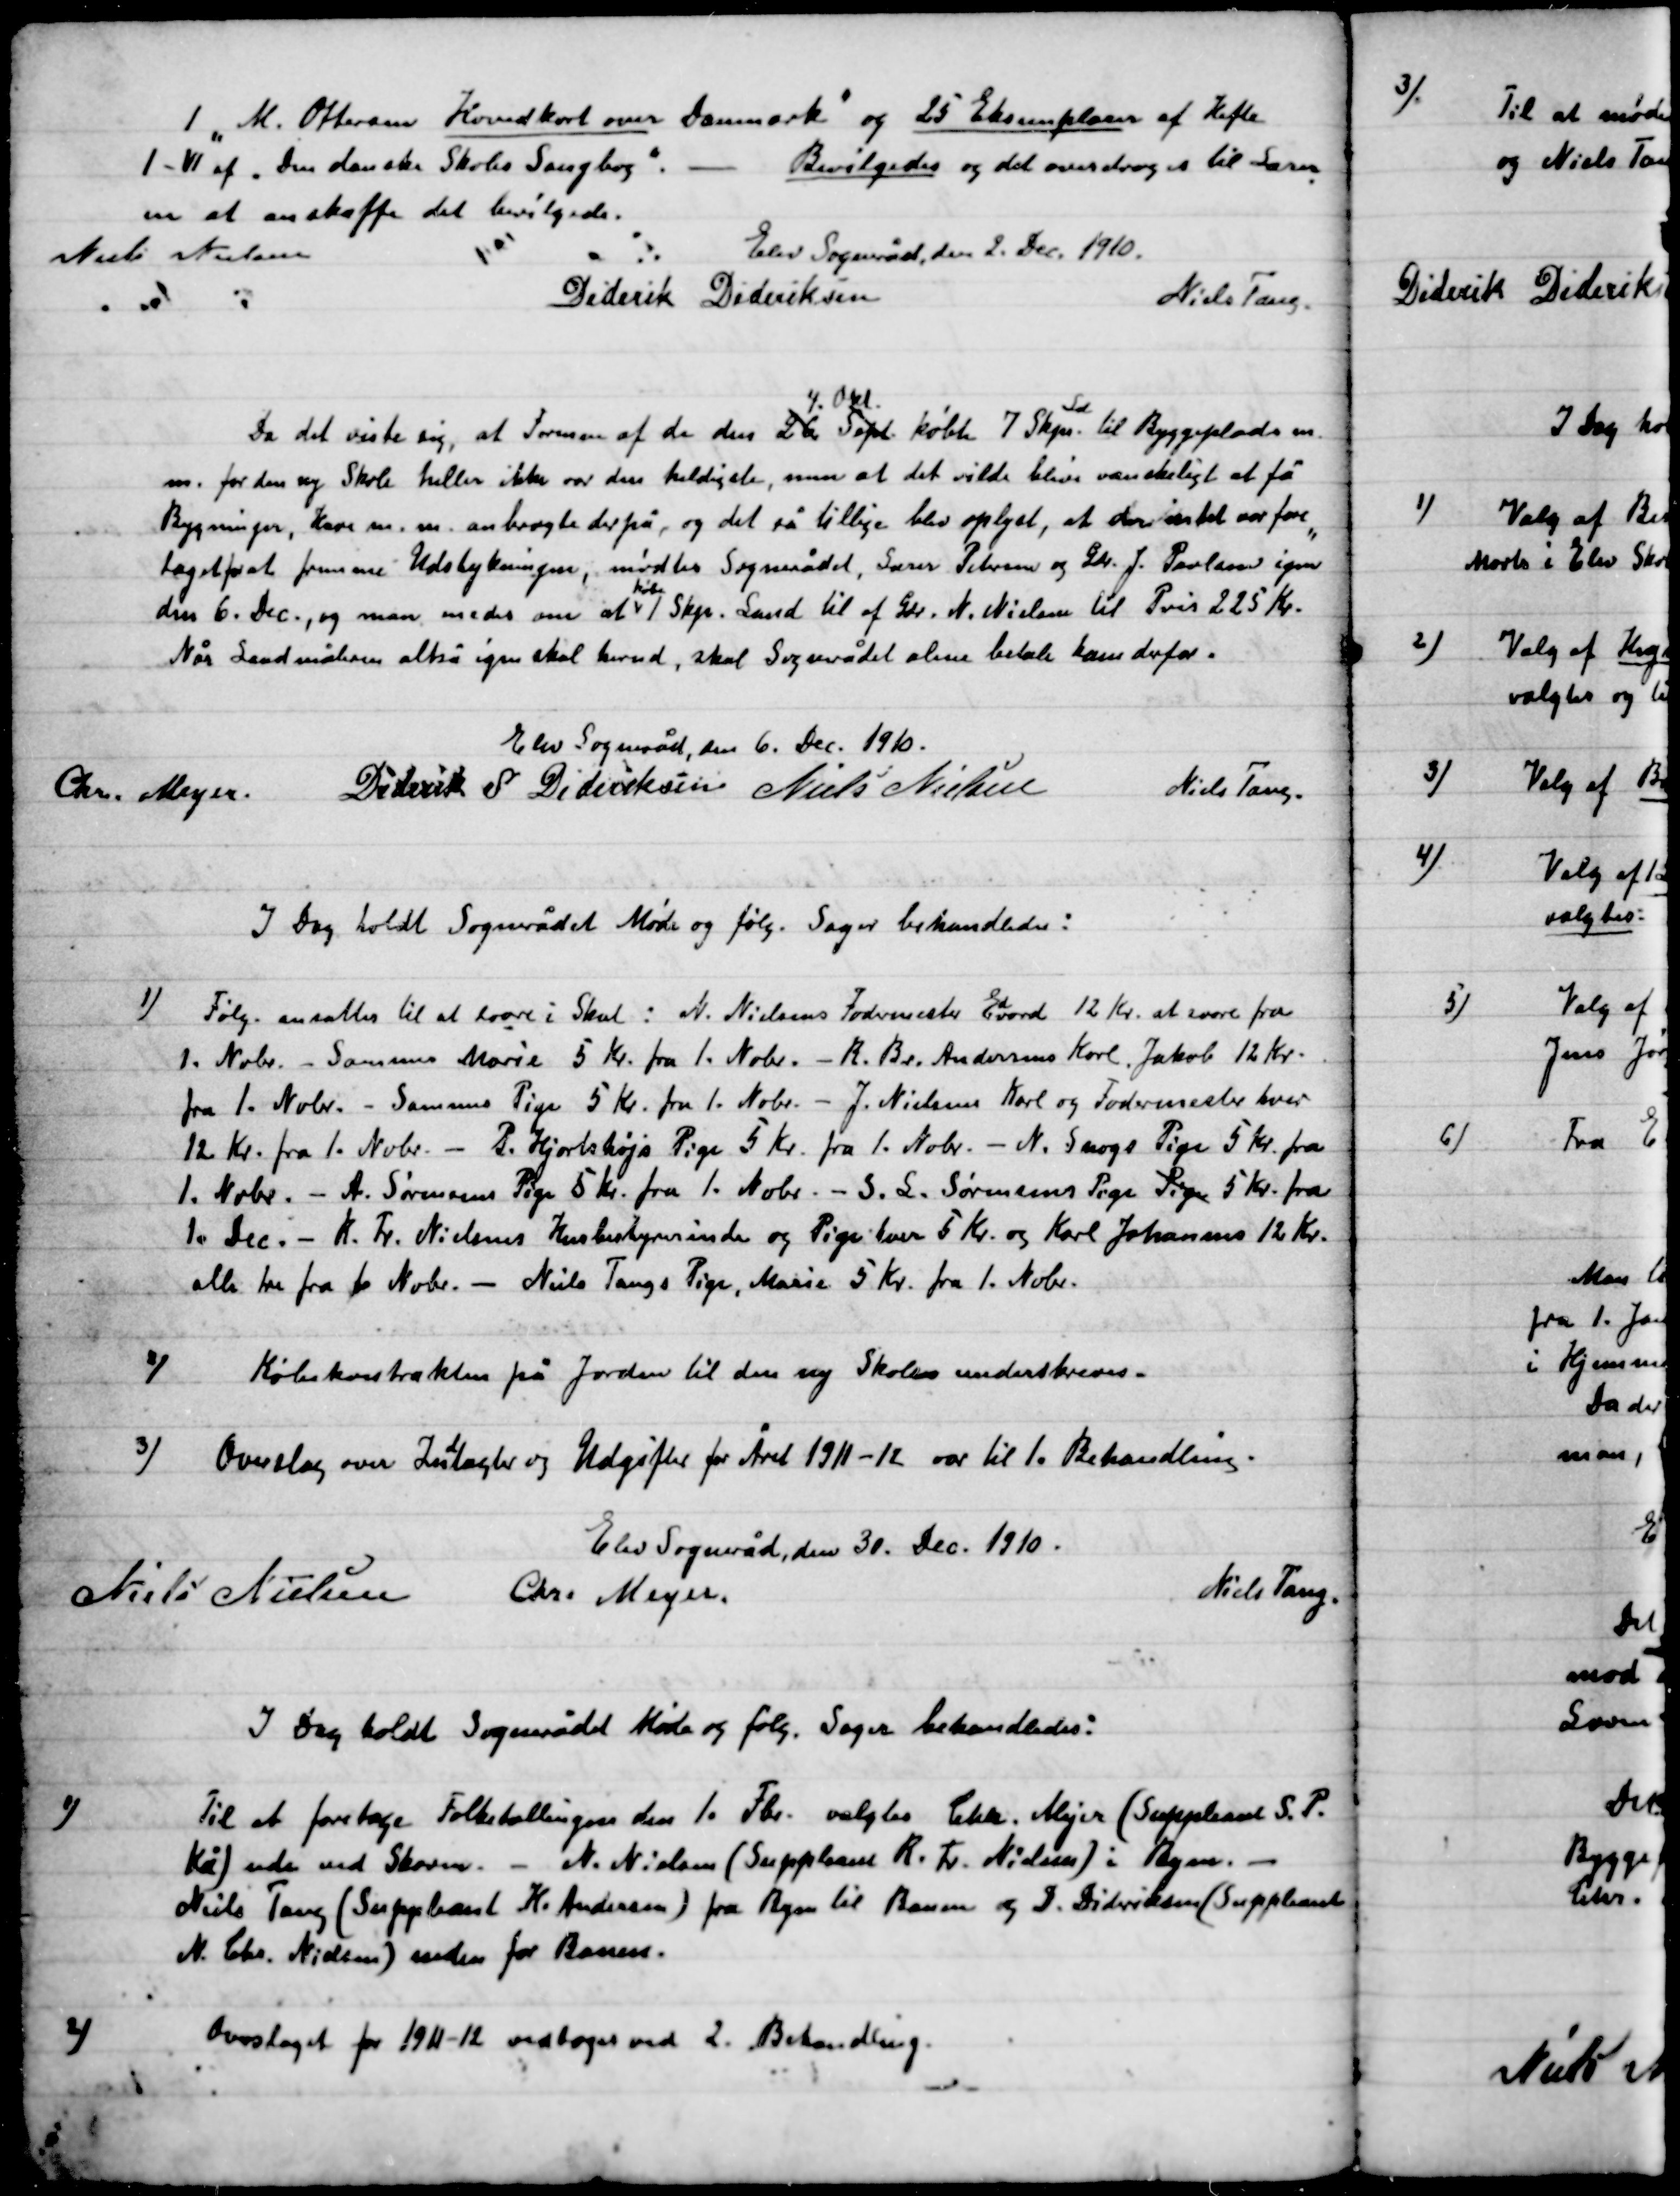
Transskription:
1 M. Ottersen Hovedkort over Danmark” og 25 Eksemplarer af Hefte.
1 – VI af ”Den danske Skoles Sangbog”. – Bevilgedes og det overdroges til Lærer-
en at anskaffe det bevilgede.
Elev Sogneråd, den 2. Dec. 1910.
Niels Nielsen
Diderik Dideriksen
Niels Tang.

Da det viste sig, at Formen af de den 26 Sept.
4 Okt.
købte 7 Skp.
Sd.
til Byggepladsen m.
m. for den ny Skole heller ikke var den heldigste, men at det vilde blive væsentligt at få
bygninger, Have m.m. anbragte derpå, og det så tillige blev oplyst, at der intet var fore-
taget for at fremme Udstykningen, mødtes Sognerådet, Søren Pedersen og Gdr. J. Pedersen igen
den 6. Dec., og man enedes om at
Købe
1 Skp. Sand til af Gdr. N. Nielsen til Pris 225 Kr.
Når Landmåleren altså igen skal herud, skal Sognerådet alene betale ham derfor.

Elev Sogneråd, den 6. Dec. 1910.

Chr. Meyer
Diderik S. Dideriksen
Niels Nielsen
Niels Tang.

I Dag holdt Sognerådet Møde og følg. Sager behandledes:

1)

Følg. ansattes til at svare i Skat: N. Nielsens Fodermester Edvard 12 Kr. at svare fra
1. Nobr. Sammes Marie 5 Kr. fra 1. Nobr.  – R. Br. Andersens Karl og Jakob 12 Kr.
fra 1. Nobr. Samme Pige 5 Kr. fra 1. Nobr.  – J. Nielsens Karl og Fodermester hver
12 Kr. fra 1. Nobr. - P. Hjortshøjs Pige 5 Kr. fra 1. Nobr.  -  N. Snogs Pige 5 Kr. fra
1. Nobr. – A. Sørensens Pige 5 Kr. fra 1. Nobr.  -  S. L. Sørensens Pige Pige 5 Kr. fra
1. Dec. – K. Fr. Nielsens Husbestyrerinde og Pige hver 5 Kr. og Karl Johannes 12 Kr.
alle tre fra 1. Nobr. – Niels Tangs Pige, Marie 5 Kr. fra 1. Nobr.

2)

Købekontrakten på Jorden til den ny Skole underskrives.

3)

Overslag over Indtægter og Udgifter for Året 1911 – 12 var til 1. Behandling

Elev Sogneråd , den 30. Dec. 1910.

Niels Nielsen
Chr. Meyer
Niels Tang.

I Dag holdt Sognerådet Møde og følg. Sager behandledes:

1)

Til at foretage Folketælling den 1. Fbr. valgtes Chr. Meyer (Suppleant S. P-
Kå) ude ved Skoven. - N. Nielsen (Suppleant K. Th. Nielsen): i Regn. -
Niels Tang (Suppleant K. Andersen) fra Regn til Rasmus og S. Ditlevsen ( Suppleant
N. Chr. Nielsen ) uden for Banen.

2)

Overslag for 1911 – 12 vedtoges ved 2. Behandling